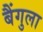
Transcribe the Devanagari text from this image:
बैंगुला